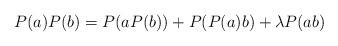
LaTeX: \begin{align*} P(a)P(b) = P(aP(b)) + P(P(a)b) + \lambda P(ab) \end{align*}